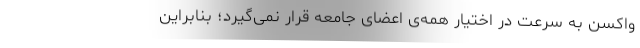
واکسن به سرعت در اختیار همه‌ی اعضای جامعه قرار نمی‌گیرد؛ بنابراین